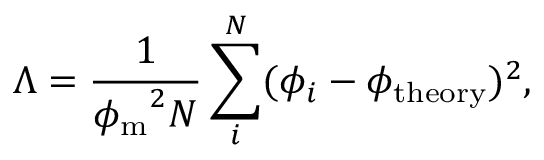
\Lambda = \frac { 1 } { { \phi _ { \mathrm { m } } } ^ { 2 } N } \sum _ { i } ^ { N } ( \phi _ { i } - \phi _ { \mathrm { t h e o r y } } ) ^ { 2 } ,